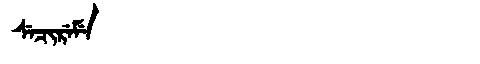
Manchu: ᠰᡝᠴᡳᡵᡝᠮᡝ
Romanization: SECIREME